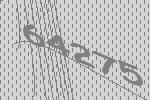
64275